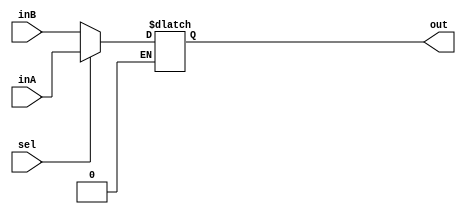
`timescale 1ns / 1ps

////////////////////////////////////////////////////////////////////////////////
// Module - mux2x1.v
// Description  - sel = 1, out = inA
//              - sel = 0, out = inB
////////////////////////////////////////////////////////////////////////////////

module Mux32Bit2To1	(out, inA, inB, sel);
//				(out, A, B, sel)
//				0 -> B; 1 -> A

    output reg [31:0] out;
    
    input [31:0] inA;
    input [31:0] inB;
    input sel;

    always @(*) begin
	    if(sel == 0)	out <= inB;
	    else if (sel == 1)	out <= inA;
    end
endmodule